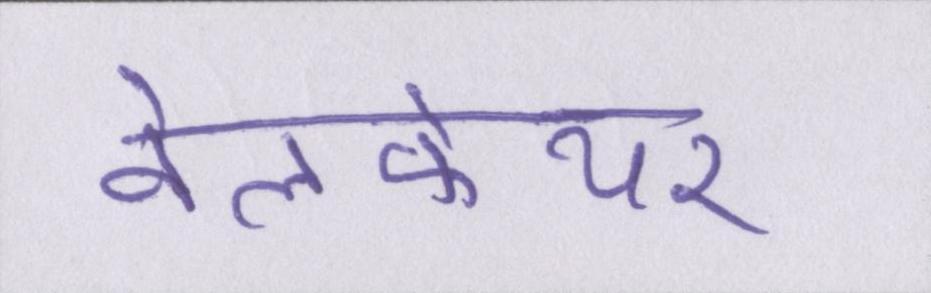
वेलफेयर